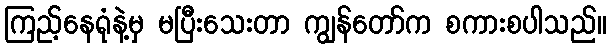
ကြည့်နေရုံနဲ့မှ မပြီးသေးတာ ကျွန်တော်က စကားစပါသည်။